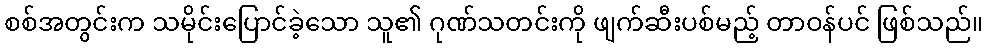
စစ်အတွင်းက သမိုင်းပြောင်ခဲ့သော သူ၏ ဂုဏ်သတင်းကို ဖျက်ဆီးပစ်မည့် တာဝန်ပင် ဖြစ်သည်။